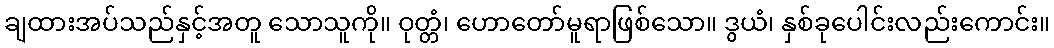
ချထားအပ်သည်နှင့်အတူ သောသူကို။ ဝုတ္တံ၊ ဟောတော်မူရာဖြစ်သော။ ဒွယံ၊ နှစ်ခုပေါင်းလည်းကောင်း။